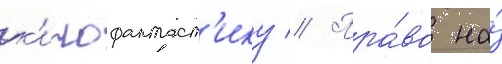
к'инофантаст'ику // Пра́во на́